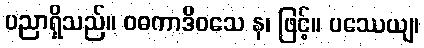
ပညာရှိသည်။ ဝဓကာဒိဝသေ န၊ ဖြင့်။ ပဿေယျ၊